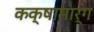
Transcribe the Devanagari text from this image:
कक्षामार्ग